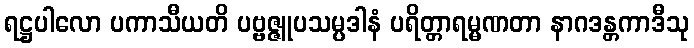
ရဋ္ဌပါလော ပကာသီယတိ ပဗ္ဗဇ္ဇူပသမ္ပဒါနံ ပရိတ္တာရမ္မဏတာ နာဂဒန္တကာဒီသု